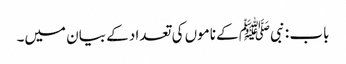
باب : نبیﷺ کے ناموں کی تعداد کے بیان میں۔